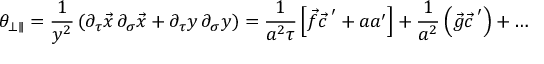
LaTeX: \theta _ { \bot \parallel } = \frac { 1 } { y ^ { 2 } } \left( \partial _ { \tau } \vec { x } \, \partial _ { \sigma } \vec { x } + \partial _ { \tau } y \, \partial _ { \sigma } y \right) = \frac { 1 } { a ^ { 2 } \tau } \left[ \vec { f } { \vec { c } \, } ^ { \prime } + a a ^ { \prime } \right] + \frac { 1 } { a ^ { 2 } } \left( \vec { g } { \vec { c } \, } ^ { \prime } \right) + \ldots